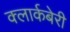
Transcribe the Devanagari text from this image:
क्लार्कबेरी